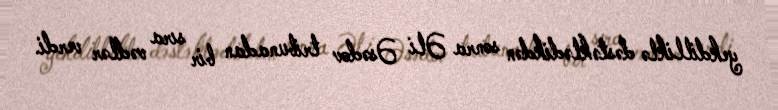
yekdilliklə dəstəklədikdən sonra Əli Əsədov tribunadan bir sıra vədlər verdi.